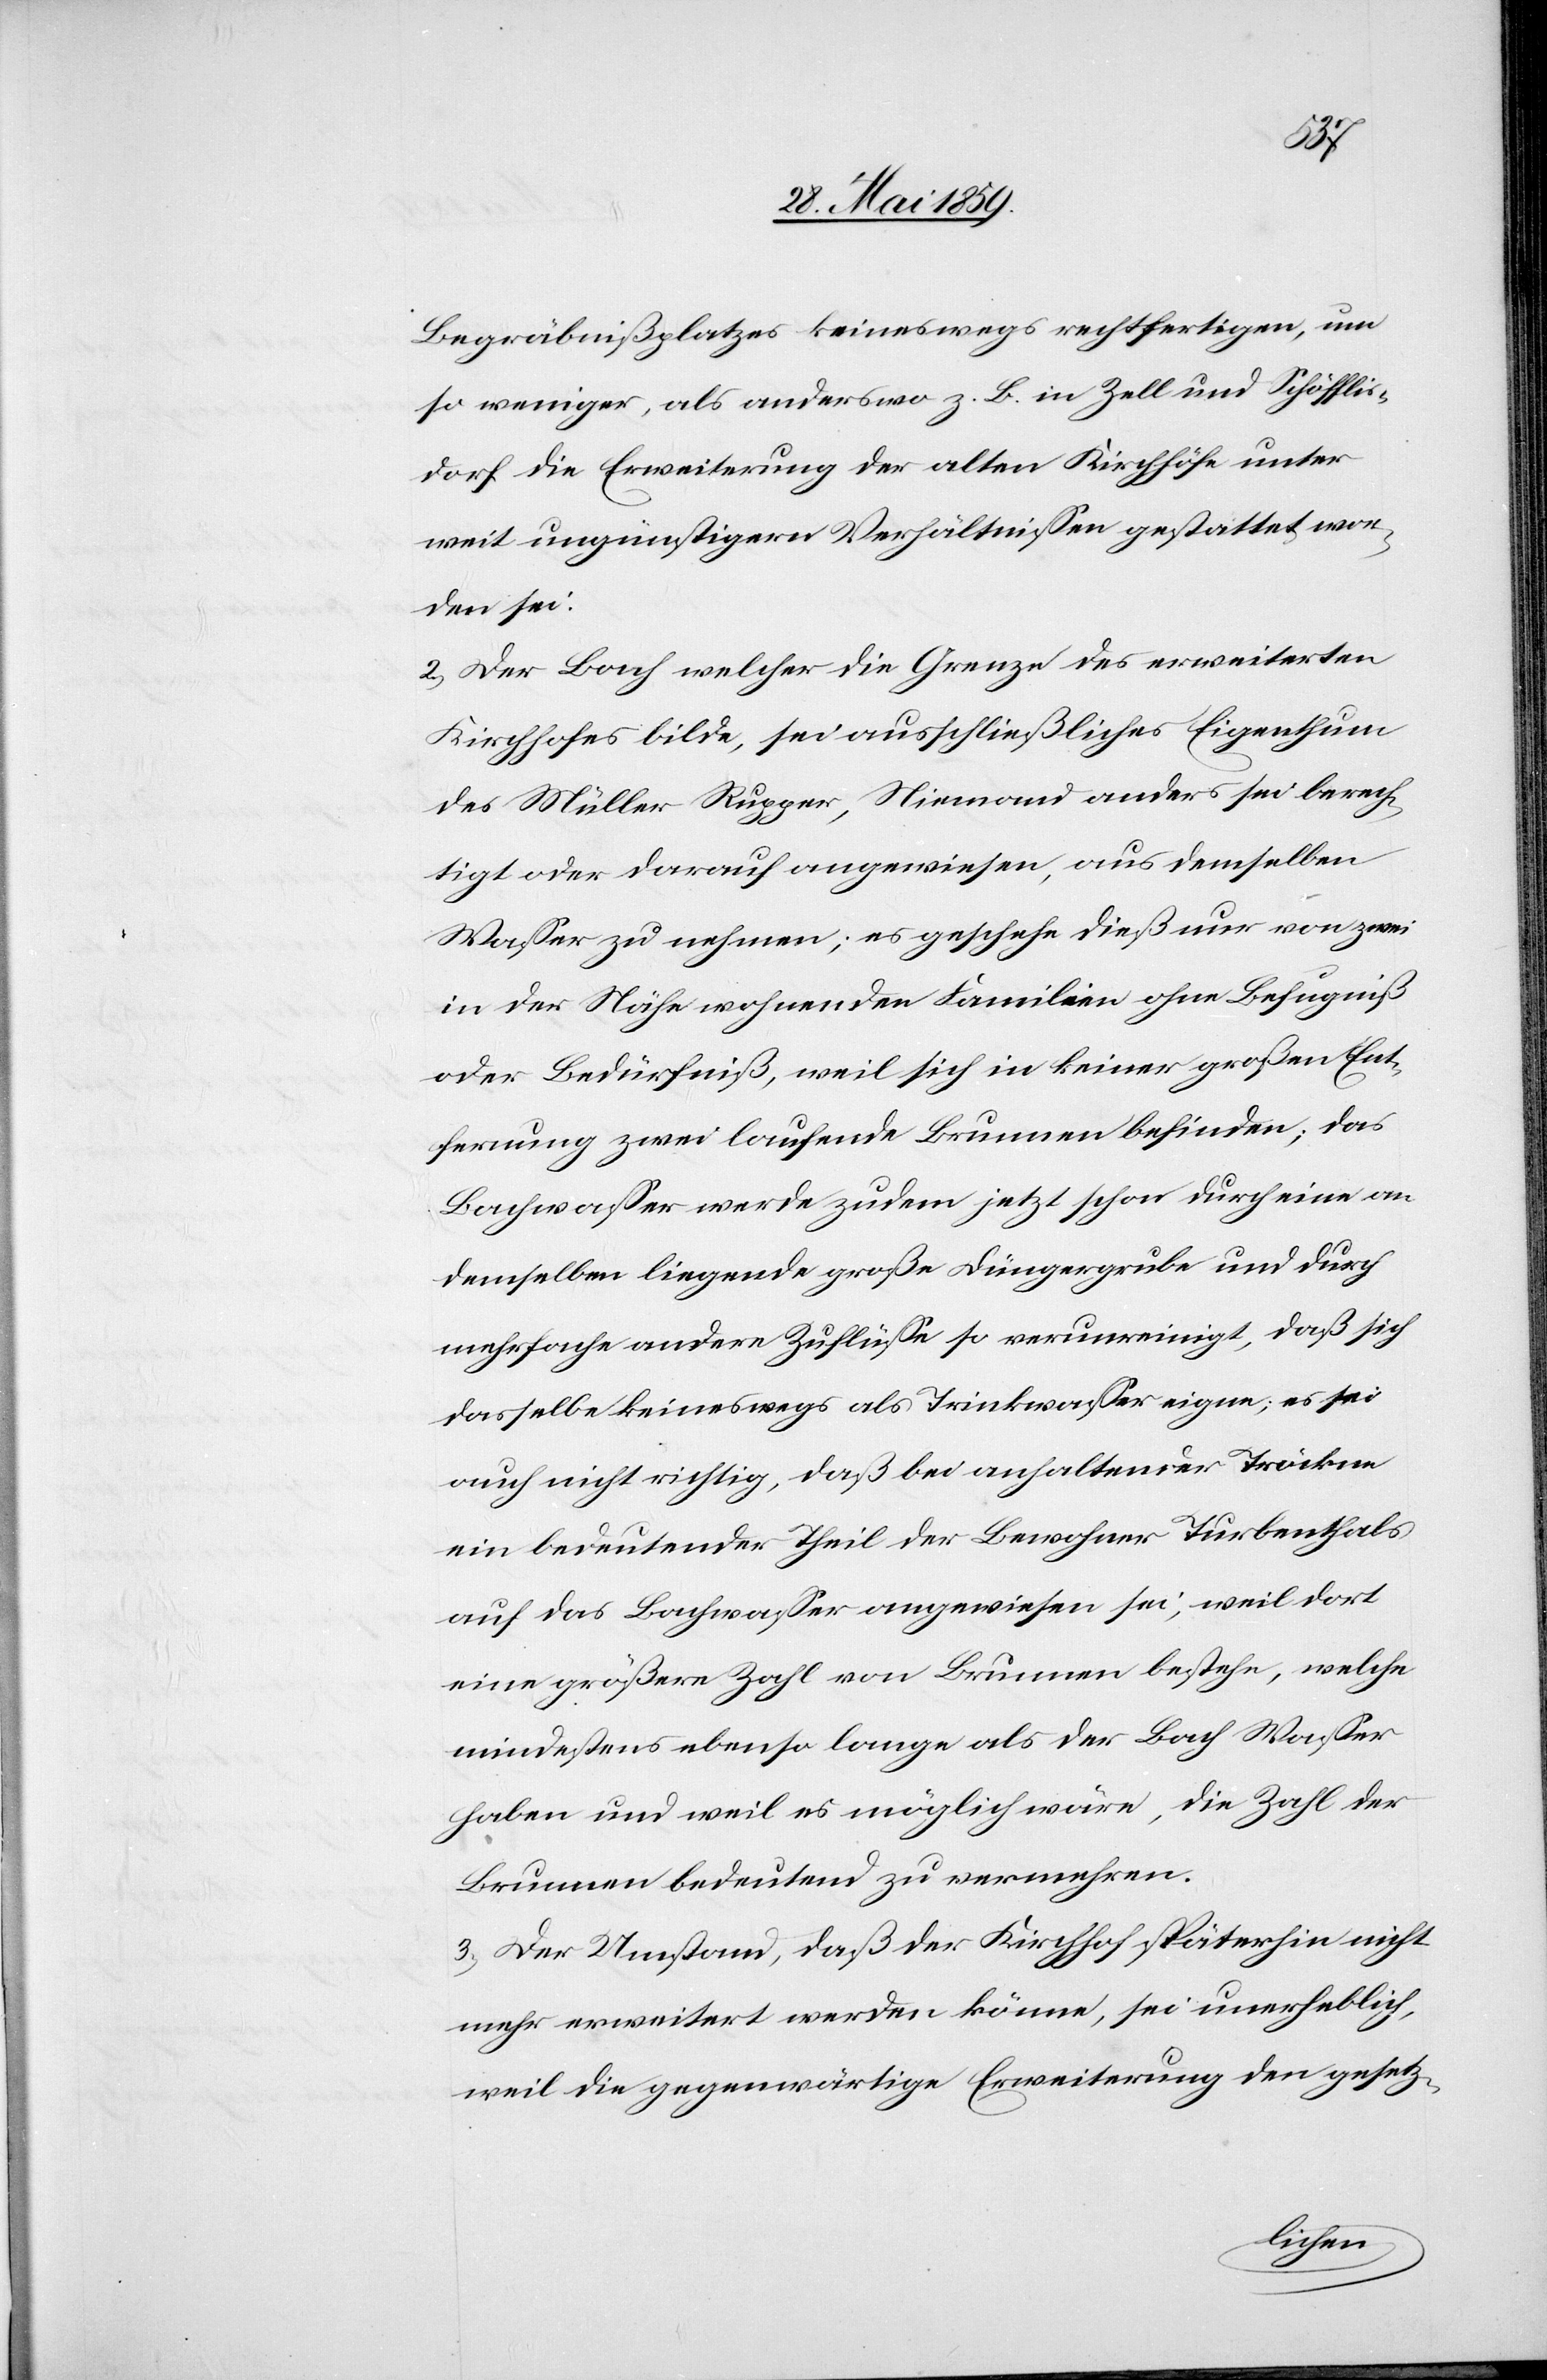
Begräbnisplatzes keineswegs rechtfertigen, um
so weniger, als anderswo z. B. in Zell und Schöfflis¬
dorf die Erweiterung der alten Kirchhöfe unter
weit ungünstigeren Verhältnissen gestattet wor¬
den sei.
2) Der Bach welcher die Grenze des erweiterten
Kirchhofes bilde, sei ausschließliches Eigenthum
des Müller Rupper, Niemand anders sei berech¬
tigt oder darauf angewiesen, aus demselben
Wasser zu nehmen; es geschehe dieß nur von zwei
in der Nähe wohnenden Familien ohne Befugniß
oder Bedürfniß, weil sich in keiner großen Ent¬
fernung zwei laufende Brunnen befinden; das
Bachwasser werde zudem jetzt schon durch eine an
demselben liegende große Düngergrube und durch
mehrfache andere Zuflüsse so verunreinigt, daß sich
dasselbe keineswegs als Trinkwasser eigne; es sei
auch nicht richtig, daß bei anhaltender Tröckne
ein bedeutender Theil der Bewohner Turbenthals
auf das Bachwasser angewiesen sei, weil dort
eine größere Zahl von Brunnen bestehe, welche
mindestens ebenso lange als der Bach Wasser
haben und weil es möglich wäre, die Zahl der
Brunnen bedeutend zu vermehren.
3) Der Umstand, daß der Kirchhof späterhin nicht
mehr erweitert werden könne, sei unerheblich,
weil die gegenwärtige Erweiterung den gesetz-